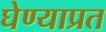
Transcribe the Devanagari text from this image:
घेण्याप्रत